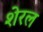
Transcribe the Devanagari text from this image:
शेरल